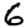
Digit: 6